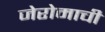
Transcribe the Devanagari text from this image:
जेरोमाची